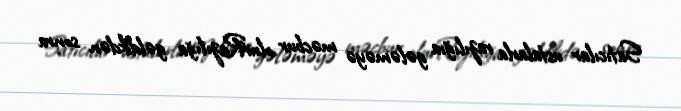
Satıcılar ustalarla razılığıa gələməyə məcbur olurRazılığa gəldikdən sonra